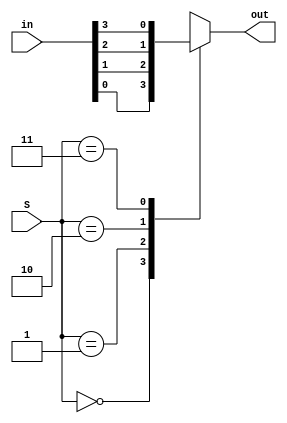
`timescale 1ns / 1ps
//////////////////////////////////////////////////////////////////////////////////
// Company: Macquarie University
// Engineer: 
// 
// Design Name: Four Digit Counter for Basys 3
// Module Name: mux41
// Project Name: four_digit_counter 
// Target Devices: Artix-7
// Tool Versions: 
// Description: 
// 
// Dependencies: 
// 
// Revision:
// Revision 0.01 - File Created
// Additional Comments:
// 
//////////////////////////////////////////////////////////////////////////////////

module mux41(input [3:0] in, input [1:0] S, output out);
    
reg out1;
assign out = out1;
   
    always @(S) 
    begin
        case(S)
            2'b00 : out1 = in[0];
            2'b01 : out1 = in[1];
            2'b10 : out1 = in[2];
            2'b11 : out1 = in[3];

        endcase
    end
endmodule